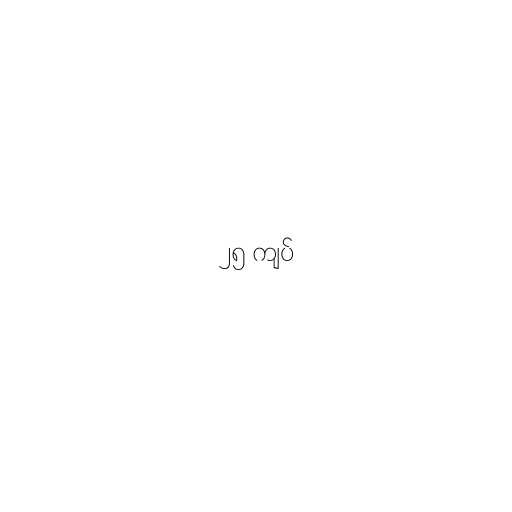
၂၅ ကျပ်